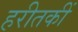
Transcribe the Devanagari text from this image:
हरीतकीं